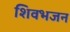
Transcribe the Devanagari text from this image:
शिवभजन